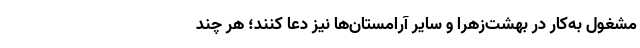
مشغول به‌کار در بهشت‌زهرا و سایر آرامستان‌ها نیز دعا کنند؛ هر چند